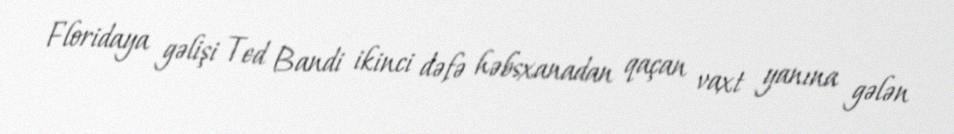
Floridaya gəlişi Ted Bandi ikinci dəfə həbsxanadan qaçan vaxt yanına gələn